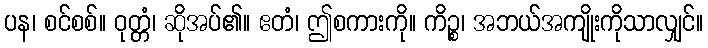
ပန၊ စင်စစ်။ ဝုတ္တံ၊ ဆိုအပ်၏။ ဧတံ၊ ဤစကားကို။ ကိဉ္စ၊ အဘယ်အကျိုးကိုသာလျှင်။